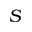
S